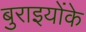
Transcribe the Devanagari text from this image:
बुराइयोंके